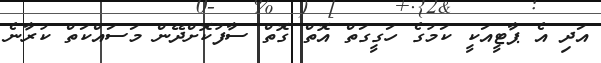
އަދި އެ ޕާޓީއަކީ ކަމުގެ ހަގީގަތް އޮތް ގޮތް ސާފުކޮށްދޭން މަސައްކަތް ކުރާނެ